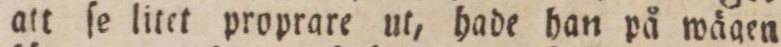
att ſe litet proprare ut, hade han på wägen